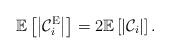
LaTeX: \begin{align*}\mathbb{E}\left[ \left\vert \mathcal{C}_i^{\mathrm{E}} \right\vert \right] = 2 \mathbb{E}\left[ \left\vert \mathcal{C}_i \right\vert \right].\end{align*}